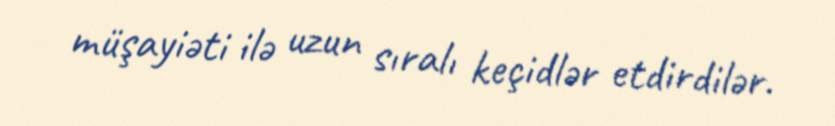
müşayiəti ilə uzun sıralı keçidlər etdirdilər.